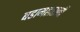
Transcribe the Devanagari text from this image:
बडामहारानी